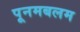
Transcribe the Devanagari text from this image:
पूनमबलम